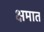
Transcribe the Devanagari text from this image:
क्षमात